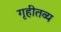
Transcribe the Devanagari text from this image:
गृहीतव्य